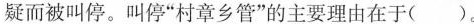
疑而被叫停。叫停”村章乡管”的主要理由在于（ ）。